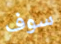
سوف